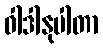
ဝါဒါနုပါတာ